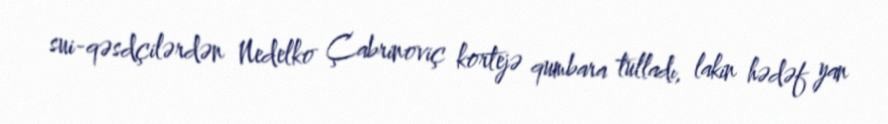
sui-qəsdçilərdən Nedelko Çabrinoviç kortejə qumbara tulladı, lakin hədəf yan